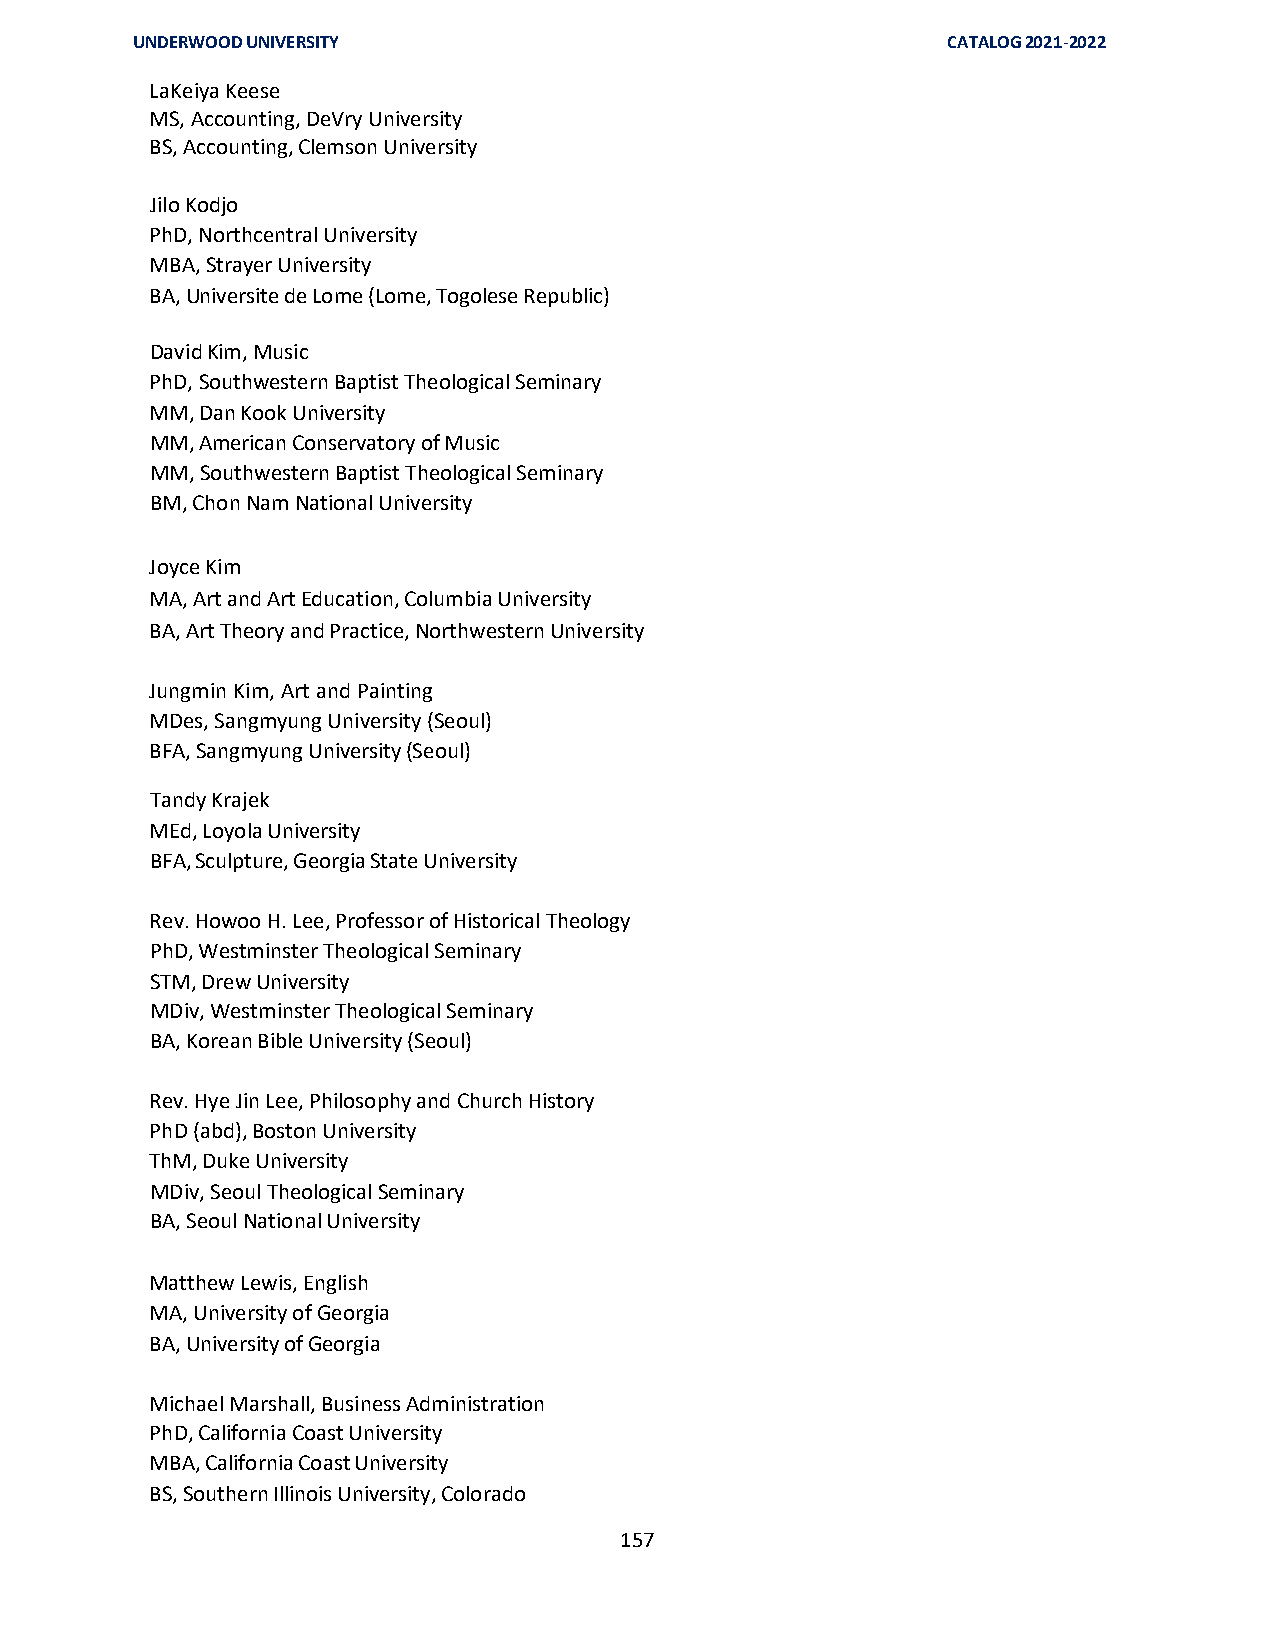
UNDERWOOD UNIVERSITY                                  CATALOG 2021-2022
 LaKeiya Keese
 MS, Accounting, DeVry University
 BS, Accounting, Clemson University
 Jilo Kodjo
 PhD, Northcentral University
 MBA, Strayer University
 BA, Universite de Lome (Lome, Togolese Republic)
 David Kim, Music
 PhD, Southwestern Baptist Theological Seminary
 MM, Dan Kook University
 MM, American Conservatory of Music
 MM, Southwestern Baptist Theological Seminary
 BM, Chon Nam National University
 Joyce Kim
 MA, Art and Art Education, Columbia University
 BA, Art Theory and Practice, Northwestern University
 Jungmin Kim, Art and Painting
 MDes, Sangmyung University (Seoul)
 BFA, Sangmyung University (Seoul)
 Tandy Krajek
 MEd, Loyola University
 BFA, Sculpture, Georgia State University
 Rev. Howoo H. Lee, Professor of Historical Theology
 PhD, Westminster Theological Seminary
 STM, Drew University
 MDiv, Westminster Theological Seminary
 BA, Korean Bible University (Seoul)
 Rev. Hye Jin Lee, Philosophy and Church History
 PhD (abd), Boston University
 ThM, Duke University
 MDiv, Seoul Theological Seminary
 BA, Seoul National University
 Matthew Lewis, English
 MA, University of Georgia
 BA, University of Georgia
 Michael Marshall, Business Administration
 PhD, California Coast University
 MBA, California Coast University
 BS, Southern Illinois University, Colorado
 157